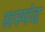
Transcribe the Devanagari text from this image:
सस्पंद